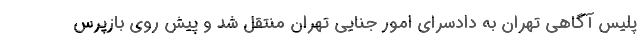
پلیس آگاهی تهران به دادسرای امور جنایی تهران منتقل شد و پیش روی بازپرس